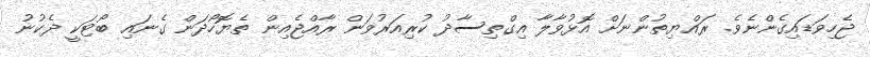
ޖެހިވަޑައިގެންނެވެ. ރައްޔިތުންނަށް އޮޅުވާލާ އިގްތިސާދު ކުރިއަރުވަން ރާއްޖެއިން ތެޔޮހޯދަން ގެނައި ބޯޓަކީ ދެކުނު